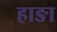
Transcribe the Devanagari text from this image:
हाङा